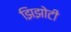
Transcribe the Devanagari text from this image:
झिझोटी